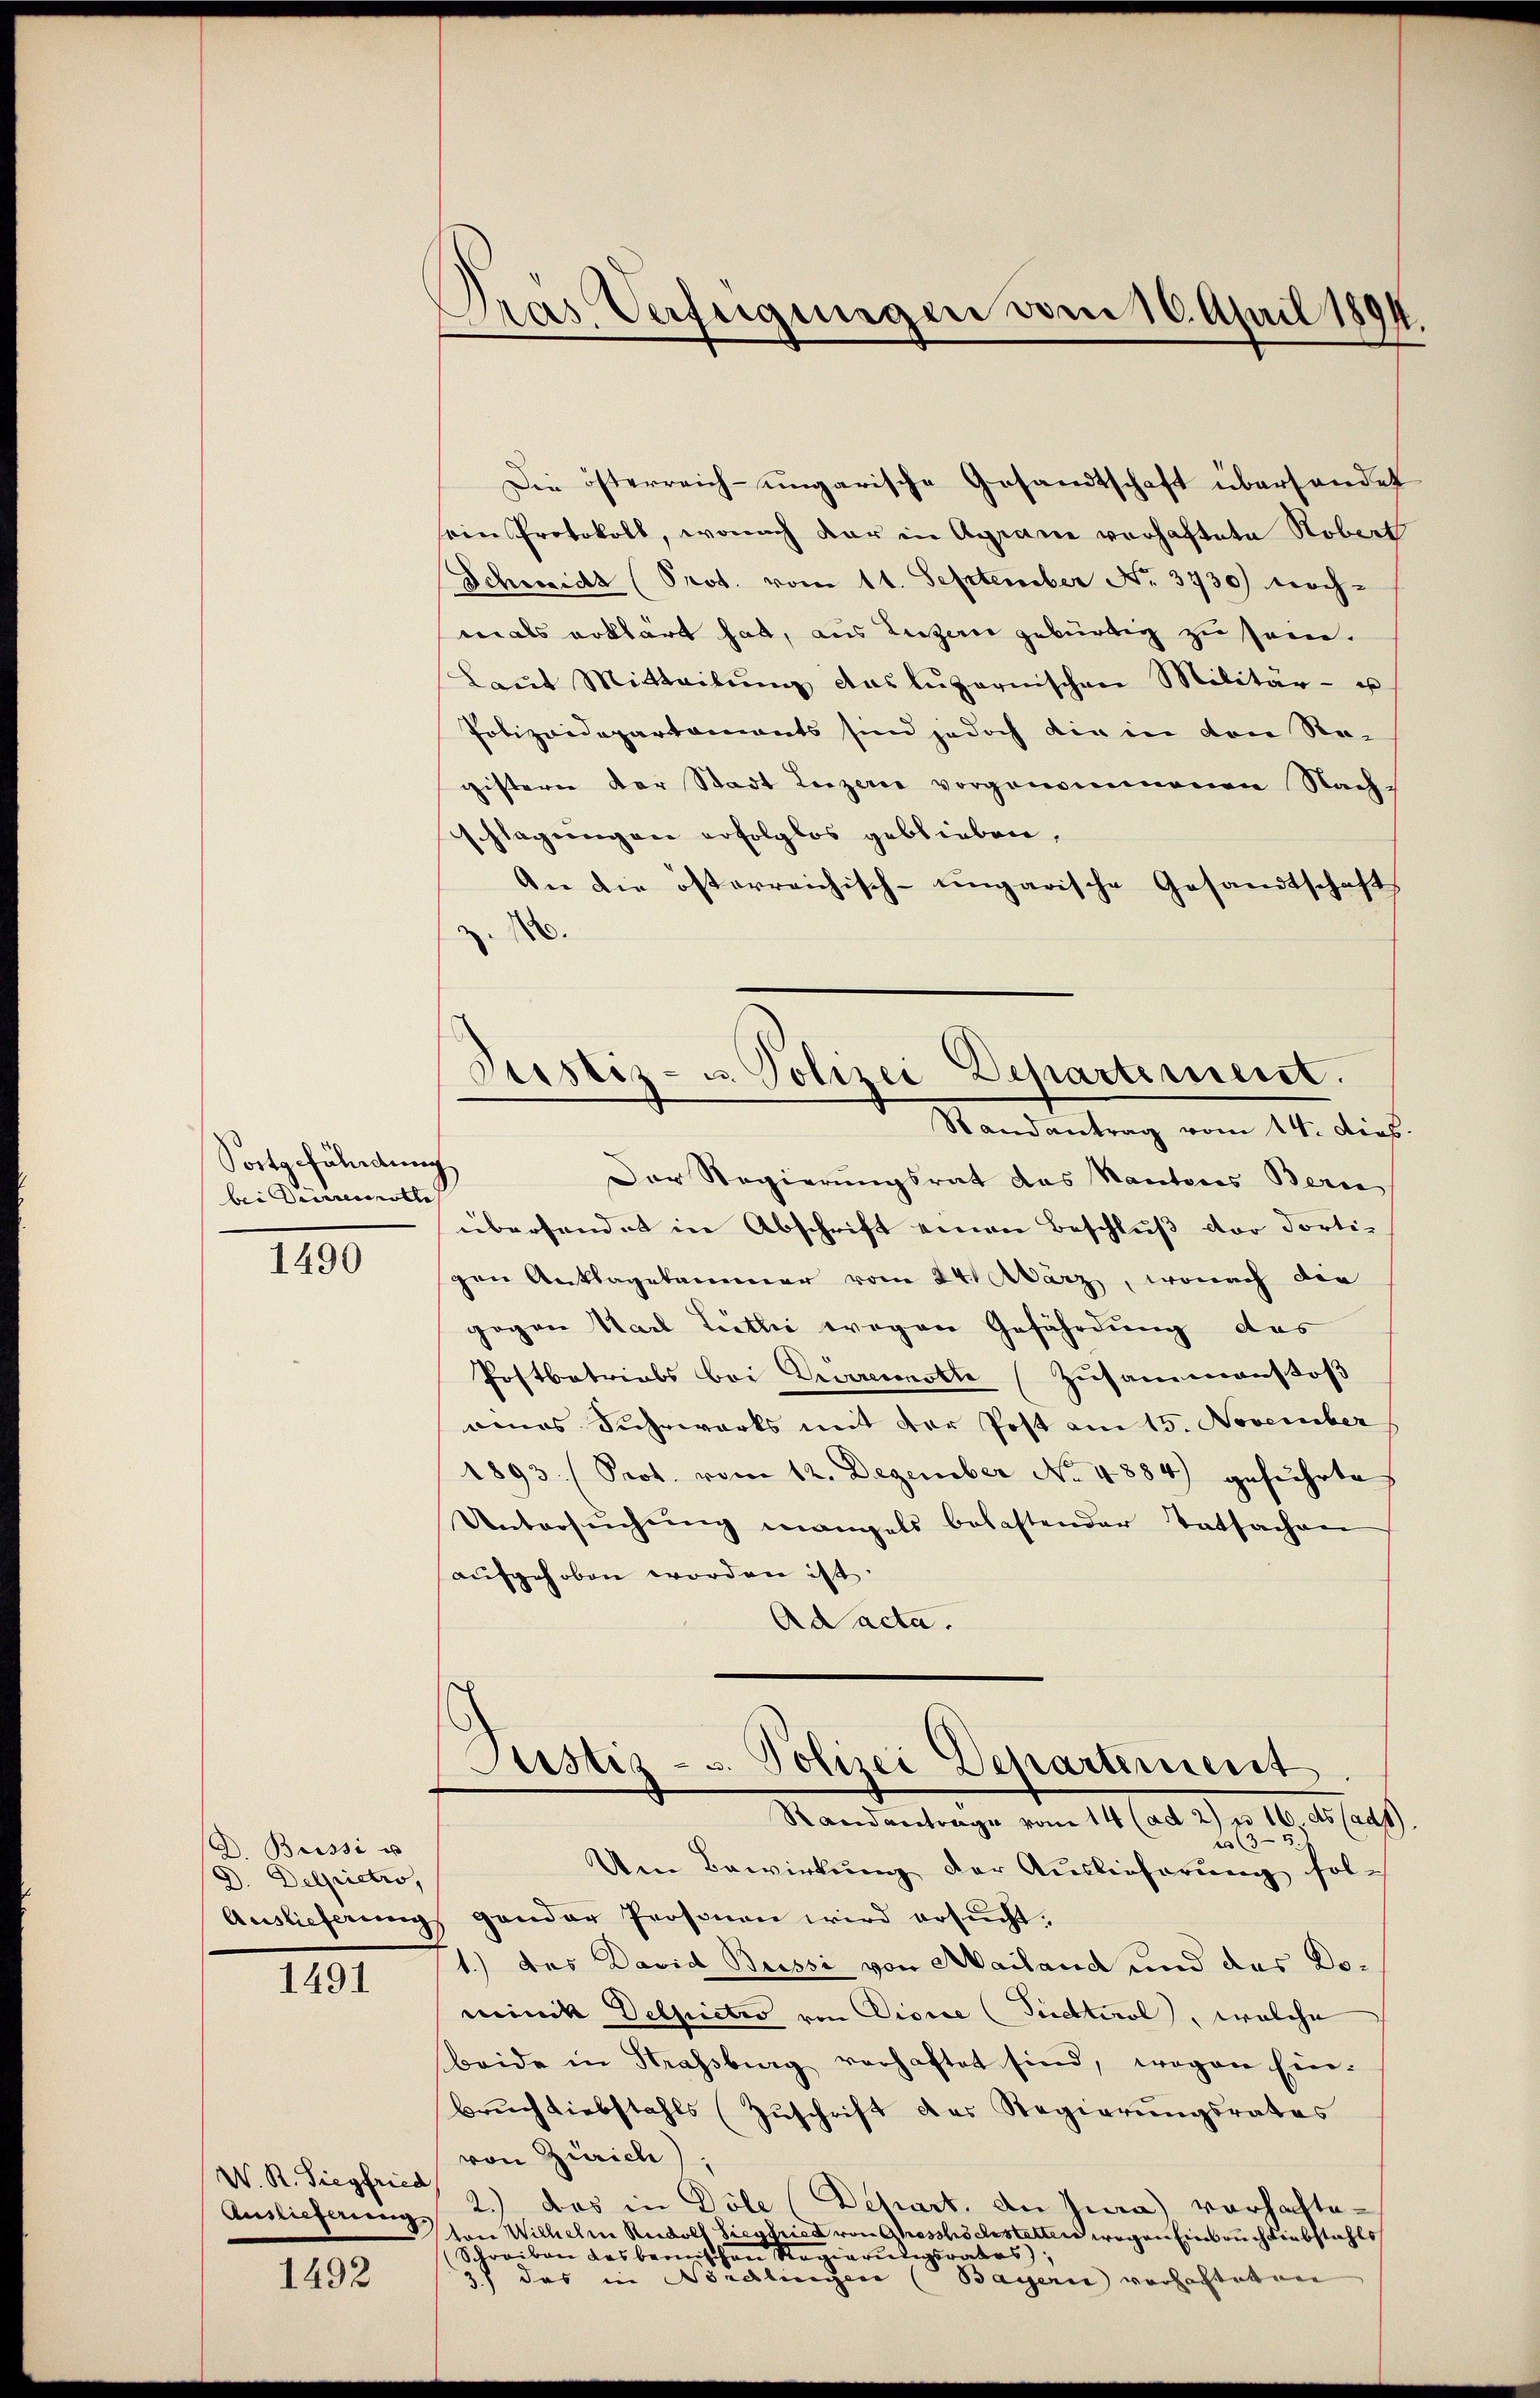
Fortgefährdung
bei Dürrenotte

1490

D. Bussi u
3. Delpictro,
Auslieferung

1491

W. R. Siegfried
Auslieferung.

1492

Gras Verfügungen vom 16. April 1891

Justiz- u. Polizei Departement.
Randantrag vom 14. dies.
Der Regierungsrat das Kantons Bern

Die österreich-ungarische Gesandtschaft überhandet
sein Protokoll, wonach dar in Agane verhaftete Robers
Schweide (Prot. vom 11. September Nr. 3730) noch-
ne als erklärt hat, aus Luzern gebürtig zu sei.
Laŭt Mitteilŭng das luzernischen Militär- u
Polizeidepartements sind jedoch die in den Registern der Stadt Luzere vorgenommenen Nachschlagungen erfolglos geblieben,
An die österreichisch-ungarische Gesandtschaft
.
übersendet in Abschrift einen Beschluß der dorti-
gen Anklagekammer vom 24. März, wonach die
gogen Karl Leitlić wegen Gefährdung des
Postbetriebs bei Durrennst (Zusammenstoß
eines Fuhrwerks mit der Post am 15. November
1893. Prot. vom 12. Dezember No. 4884) geführte
Untersŭchŭng mangels belastender Tatsachen
aufgehoben worden ist.
Ad acta.
Justiz- u. Polizei Departement
Randantrage vom 14 (ad 2) u. 16. ds (ad1)
23
Um Bewirkung der Auslieferŭng fol-
gender Prosonen wird ersucht.
1.) des David Bussi von Mailand und das Dominik Delpictio von iorie (Siehtirol, welche
beide in Strassburg verhaftet sind, wogen Ein-
Bruch liebstahls (Zŭschrift des Regierŭngsrates
von Zürich),
2.) das in Döle (Depart. An Jura) vorhatteton Wilhelm Rudolf Siestried von Grosshöchstetten wegen Einbruch liebstahls
(Schreiben das bernischen Sta erungsrates,
Bayern vorhalteten
3.) das in Wortlichen